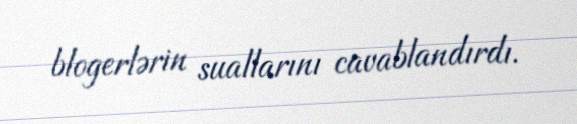
blogerlərin suallarını cavablandırdı.